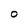
Character: 0